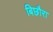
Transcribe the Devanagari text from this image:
बिछौरा